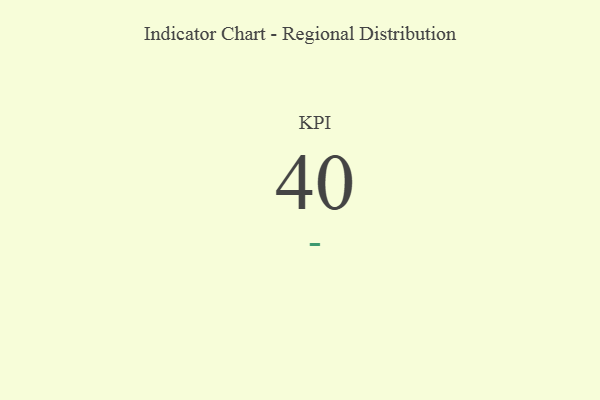
{"axis": {"x": "KPI", "y": "Value"}, "legend": [""], "data": [{"x": "KPI", "y": 40, "type": ""}]}